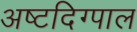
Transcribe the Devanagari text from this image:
अष्टदिग्पाल